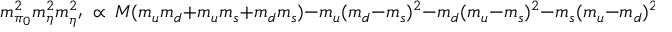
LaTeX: m _ { \pi _ { 0 } } ^ { 2 } m _ { \eta } ^ { 2 } m _ { \eta ^ { \prime } } ^ { 2 } \ \propto \ M ( m _ { u } m _ { d } + m _ { u } m _ { s } + m _ { d } m _ { s } ) - m _ { u } ( m _ { d } - m _ { s } ) ^ { 2 } - m _ { d } ( m _ { u } - m _ { s } ) ^ { 2 } - m _ { s } ( m _ { u } - m _ { d } ) ^ { 2 }